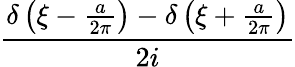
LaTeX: \frac{\delta\left(\xi-{\frac{a}{2\pi}}\right)-\delta\left(\xi+{\frac{a}{2\pi}}\right)}{2i}